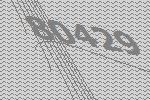
80429